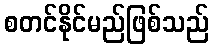
စတင်နိုင်မည်ဖြစ်သည်